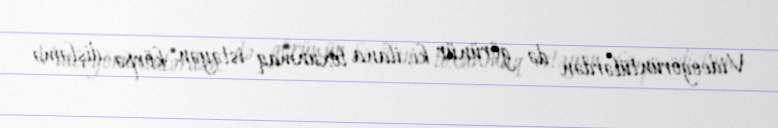
Videogörüntülərdən də görünür ki, ilana toxunmaq istəyən körpə dişləmə